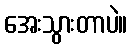
အေးသွားတာပဲ။